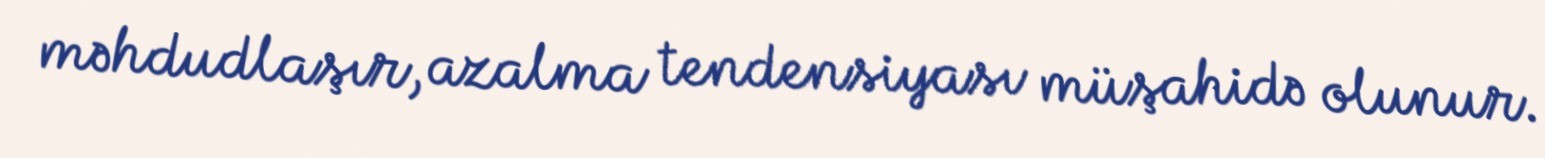
məhdudlaşır, azalma tendensiyası müşahidə olunur.